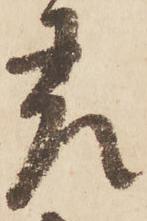
差